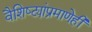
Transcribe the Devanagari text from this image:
वैशिष्ट्यांप्रमाणेही